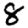
Digit: 8